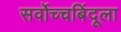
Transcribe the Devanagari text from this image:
सर्वोच्चबिंदूला